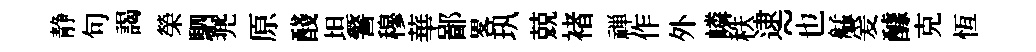
静句謁榮駟兠原醆坦警穆華鄙畧㺬兢褚禅作外嶙秩逮~也艋爰醵克恆